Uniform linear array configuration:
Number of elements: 32
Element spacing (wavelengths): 0.5
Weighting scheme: hamming
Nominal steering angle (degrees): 60
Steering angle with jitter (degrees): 60.52
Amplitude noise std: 0.05
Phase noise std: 0.05

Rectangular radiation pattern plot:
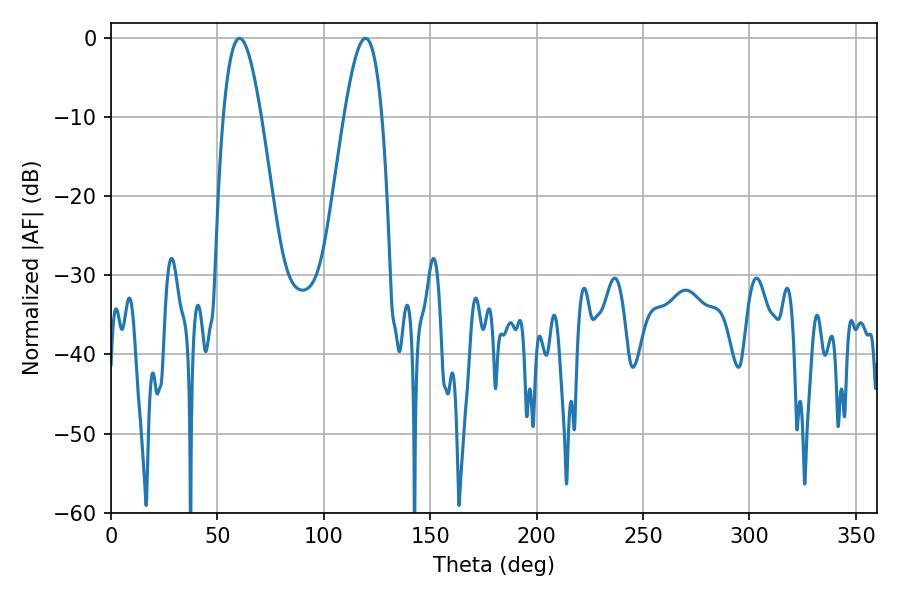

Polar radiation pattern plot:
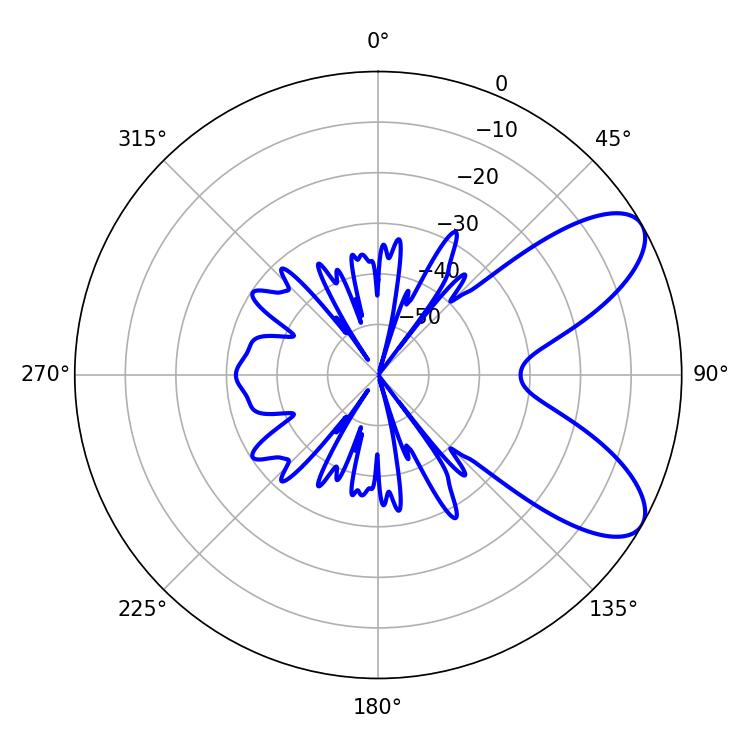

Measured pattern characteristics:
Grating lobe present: FALSE
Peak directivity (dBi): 7.955
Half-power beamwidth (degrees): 9.54
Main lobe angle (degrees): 60.48